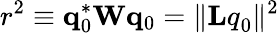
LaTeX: r^{2}\equiv{\mathbf q}_{0}^{*}{\mathbf W}{\mathbf q}_{0}=\| {\mathbf Lq}_{0}\| ^{2}